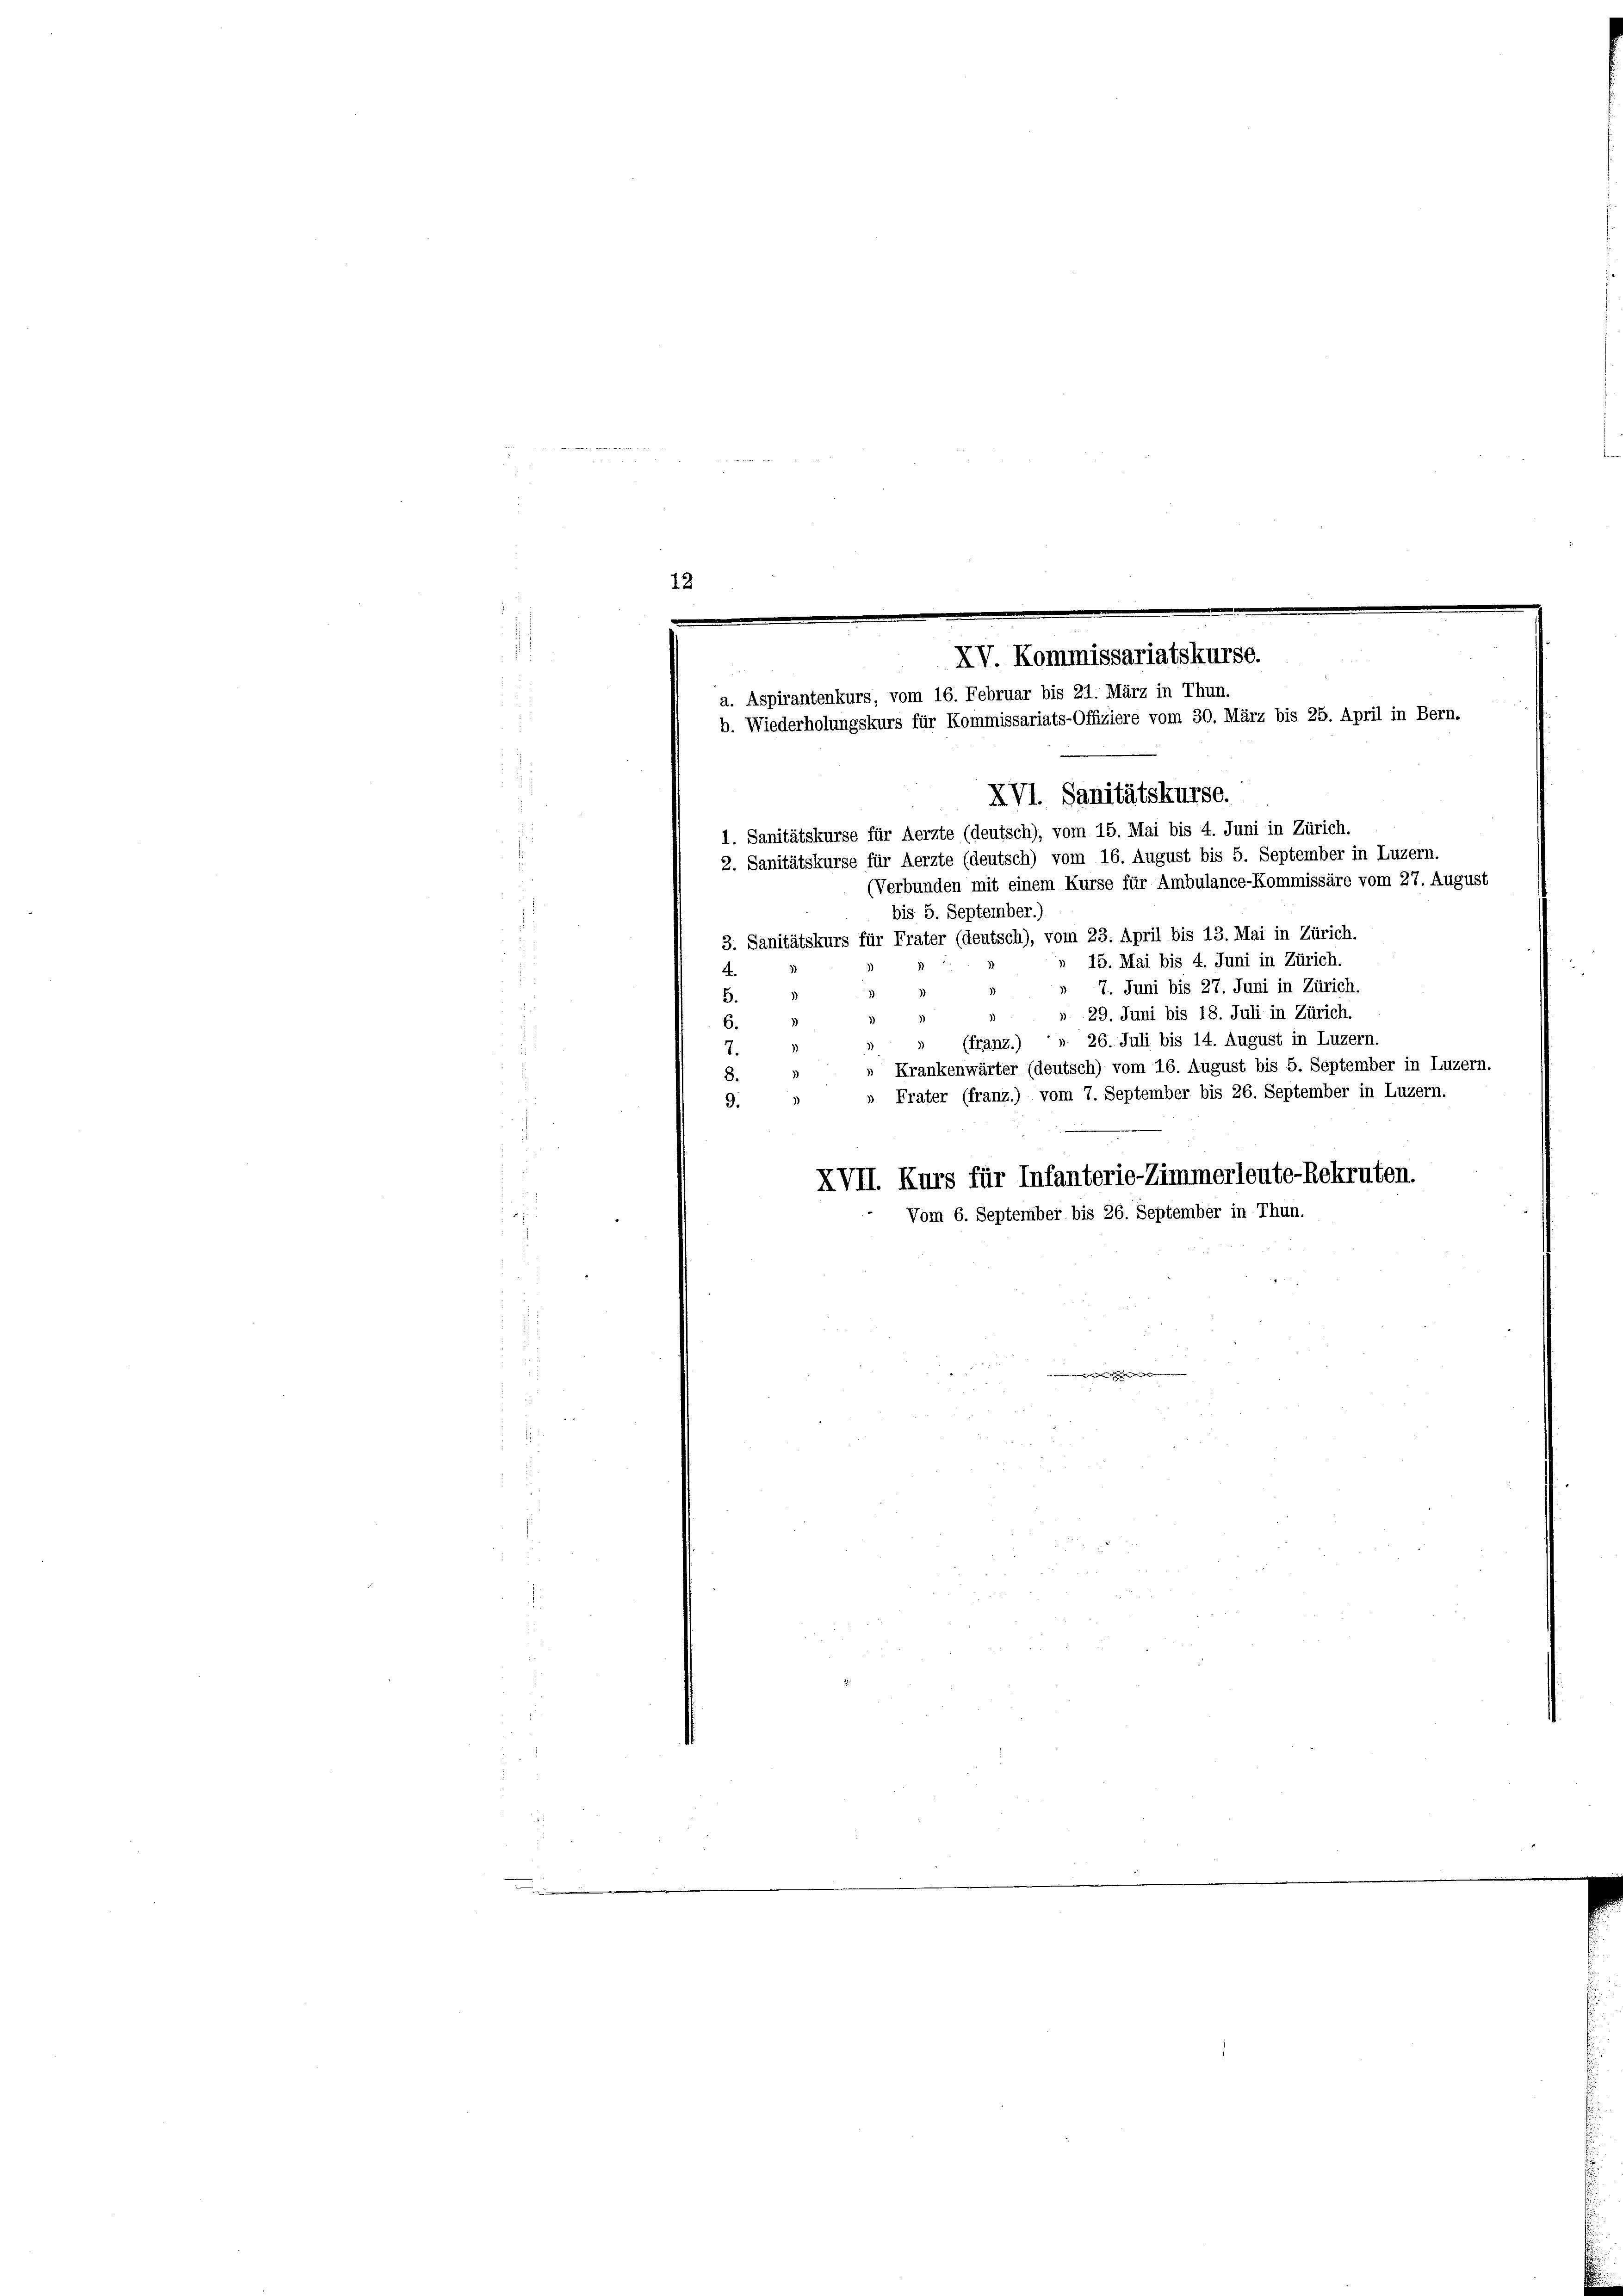
1. Sanitätskurse für Aerzte (deutsch), vom 15. Mai bis 4. Juni in Zürich.
2. Sanitätskurse für Aerzte (deutsch) vom 16. August bis 5. September in Luzern.
i
(Verbunden mit einem Kurse für Ambulance-Kommissäre vom 27. August
8
bis 5. September.)
3. Sanitätskurs für Frater (deutsch), vom 23. April bis 13. Mai in Zürich.
15. Mai bis 4. Juni in Zürich.
4.
7. Juni bis 27. Juni in Zürich.
5.
». 29. Juni bis 18. Juli in Zürich.
6.
(franz.) " " 26. Juli bis 14. August in Luzern.
3
7.
» Krankenwärter (deutsch) vom 16. August bis 5. September in Luzern.
8.5
» Frater (franz.) vom 7. September bis 26. September in Luzern.
9.
1
XVII. Kurs für Infanterie-Zimmerleute-Rekruten.
Vom 6. September bis 26. September in Thun.

12
.
XV. Kommissariatskurse.
a. Aspirantenkurs, vom 16. Februar bis 21. März in Thun.
b. Wiederholungskurs für Kommissariats-Offiziere vom 30. März bis 25. April in Bern.
XVI. Sanitätskurse.